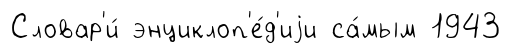
Словар'и́ энциклоп'е́д'иjи са́мым 1943